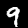
Digit: 9